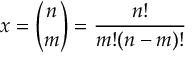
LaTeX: x = { \binom { n } { m } } = { \frac { n ! } { m ! ( n - m ) ! } }